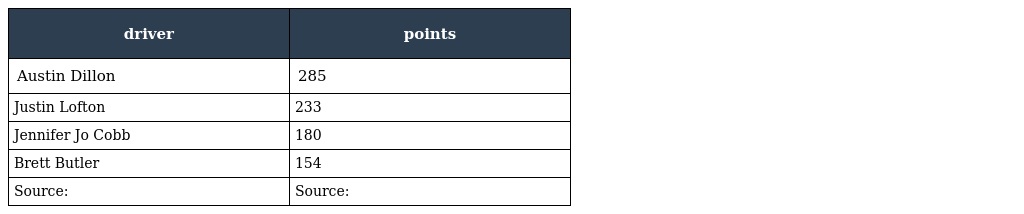
| driver | points |
 | --- | --- |
 | Austin Dillon | 285 |
 | Justin Lofton | 233 |
 | Jennifer Jo Cobb | 180 |
 | Brett Butler | 154 |
 | Source: | Source: |